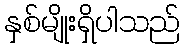
နှစ်မျိုးရှိပါသည်